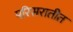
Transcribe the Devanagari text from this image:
परिसरातीत